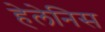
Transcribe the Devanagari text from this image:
हेलेनिस